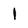
Character: l